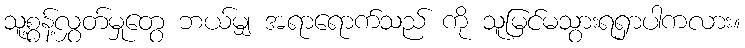
သူ့စွန့်လွှတ်မှုတွေ ဘယ်မျှ အရာရောက်သည် ကို သူမြင်မသွားရရှာပါကလား။